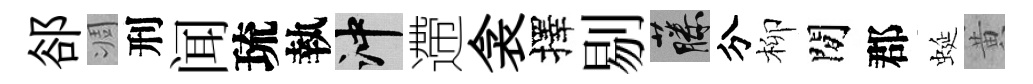
郤凋刑闻琉執冲遰衾擇剔藤分柳閒郡蜒黄